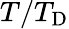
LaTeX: T/T_{\mathrm{{D}}}